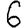
Digit: 6